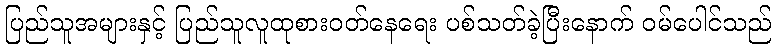
ပြည်သူအများနှင့် ပြည်သူလူထုစားဝတ်နေရေး ပစ်သတ်ခဲ့ပြီးနောက် ဝမ်ပေါင်သည်